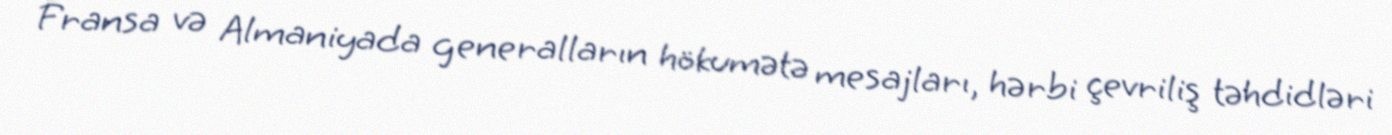
Fransa və Almaniyada generalların hökumətə mesajları, hərbi çevriliş təhdidləri